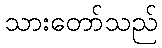
သားတော်သည်